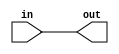
module cascade (in, out);
    input in;
    output out;
    assign out = in;
endmodule